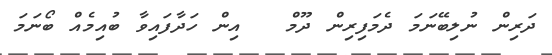
ދަރިން ނުލިބޭނަމަ ދެމަފިރިން ދޫމް   އިން ހަދާފައިވާ ބުއިމެއް ބޯނަމަ